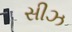
સીઝ